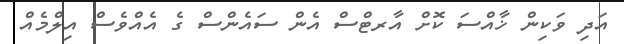
އަދި ވަކިން ޚާއްސަ ކޮށް އާރޓްސް އެން ސައެންސް ގެ އެއްވެސް އިލްމެއް